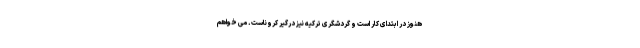
هنوز در ابتدای کار است و گردشگری ترکیه نیز درگیر کروناست. می خواهم